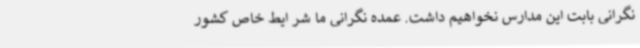
نگرانی بابت این مدارس نخواهیم داشت. عمده نگرانی ما شر ایط خاص کشور